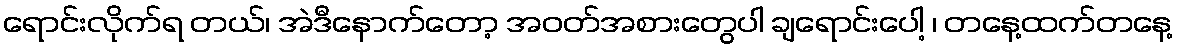
ရောင်းလိုက်ရ တယ်၊ အဲဒီနောက်တော့ အဝတ်အစားတွေပါ ချရောင်းပေါ့ ၊ တနေ့ထက်တနေ့